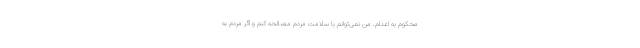
محکوم به اعدام. من نمی‌توانم با سلامت مردم مصالحه کنم و اگر مردم به